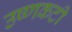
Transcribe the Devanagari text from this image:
उष्णकटी